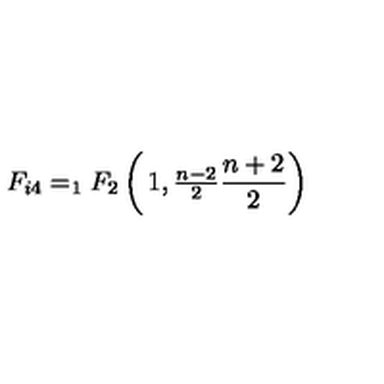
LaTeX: F _ { i 4 } = _ { 1 } F _ { 2 } \left( \begin{matrix} { 1 , \frac { n - 2 } { 2 } } \\ { \frac { n + 2 } { 2 } } \\ \end{matrix} \right)